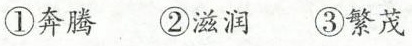
①奔腾②滋润③繁茂